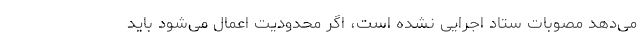
می‌دهد مصوبات ستاد اجرایی نشده است، اگر محدودیت اعمال می‌شود باید